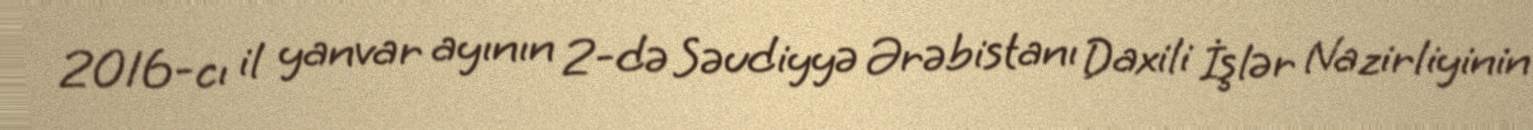
2016-cı il yanvar ayının 2-də Səudiyyə Ərəbistanı Daxili İşlər Nazirliyinin